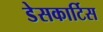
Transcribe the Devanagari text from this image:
डेसकार्टिस